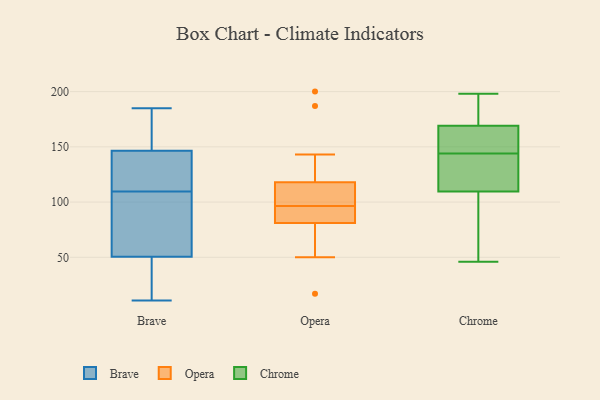
{"axis": {"x": "Waste Production (Tons)", "y": "Value"}, "legend": ["Brave", "Chrome", "Opera"], "data": [{"x": "", "y": 118, "type": "Brave"}, {"x": "", "y": 13, "type": "Brave"}, {"x": "", "y": 13, "type": "Brave"}, {"x": "", "y": 167, "type": "Brave"}, {"x": "", "y": 71, "type": "Brave"}, {"x": "", "y": 55, "type": "Brave"}, {"x": "", "y": 11, "type": "Brave"}, {"x": "", "y": 120, "type": "Brave"}, {"x": "", "y": 40, "type": "Brave"}, {"x": "", "y": 102, "type": "Brave"}, {"x": "", "y": 174, "type": "Brave"}, {"x": "", "y": 117, "type": "Brave"}, {"x": "", "y": 94, "type": "Brave"}, {"x": "", "y": 46, "type": "Brave"}, {"x": "", "y": 174, "type": "Brave"}, {"x": "", "y": 144, "type": "Brave"}, {"x": "", "y": 140, "type": "Brave"}, {"x": "", "y": 185, "type": "Brave"}, {"x": "", "y": 149, "type": "Brave"}, {"x": "", "y": 97, "type": "Brave"}, {"x": "", "y": 84, "type": "Opera"}, {"x": "", "y": 75, "type": "Opera"}, {"x": "", "y": 115, "type": "Opera"}, {"x": "", "y": 143, "type": "Opera"}, {"x": "", "y": 121, "type": "Opera"}, {"x": "", "y": 50, "type": "Opera"}, {"x": "", "y": 89, "type": "Opera"}, {"x": "", "y": 200, "type": "Opera"}, {"x": "", "y": 187, "type": "Opera"}, {"x": "", "y": 101, "type": "Opera"}, {"x": "", "y": 93, "type": "Opera"}, {"x": "", "y": 95, "type": "Opera"}, {"x": "", "y": 102, "type": "Opera"}, {"x": "", "y": 78, "type": "Opera"}, {"x": "", "y": 98, "type": "Opera"}, {"x": "", "y": 17, "type": "Opera"}, {"x": "", "y": 46, "type": "Chrome"}, {"x": "", "y": 145, "type": "Chrome"}, {"x": "", "y": 175, "type": "Chrome"}, {"x": "", "y": 146, "type": "Chrome"}, {"x": "", "y": 87, "type": "Chrome"}, {"x": "", "y": 133, "type": "Chrome"}, {"x": "", "y": 151, "type": "Chrome"}, {"x": "", "y": 142, "type": "Chrome"}, {"x": "", "y": 198, "type": "Chrome"}, {"x": "", "y": 182, "type": "Chrome"}, {"x": "", "y": 136, "type": "Chrome"}, {"x": "", "y": 196, "type": "Chrome"}, {"x": "", "y": 63, "type": "Chrome"}, {"x": "", "y": 90, "type": "Chrome"}, {"x": "", "y": 143, "type": "Chrome"}, {"x": "", "y": 129, "type": "Chrome"}, {"x": "", "y": 163, "type": "Chrome"}, {"x": "", "y": 65, "type": "Chrome"}, {"x": "", "y": 186, "type": "Chrome"}, {"x": "", "y": 154, "type": "Chrome"}]}